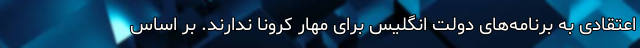
اعتقادی به برنامه‌های دولت انگلیس برای مهار کرونا ندارند. بر اساس